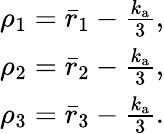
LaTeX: \begin{array}{r}{\rho_{1}=\bar{r}_{1}-\frac{k_{\mathrm{a}}}{3},}\\ {\rho_{2}=\bar{r}_{2}-\frac{k_{\mathrm{a}}}{3},}\\ {\rho_{3}=\bar{r}_{3}-\frac{k_{\mathrm{a}}}{3}.}\end{array}